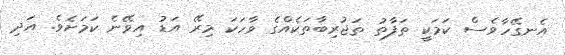
އެނގޭހާވެސް ކަމަކީ ތަފާތު ތަޖުރިބާތަކެއްގެ ވާހަކަ މިރޭ އަޑު އިވޭނެ ކަމަށެވެ. އަދި